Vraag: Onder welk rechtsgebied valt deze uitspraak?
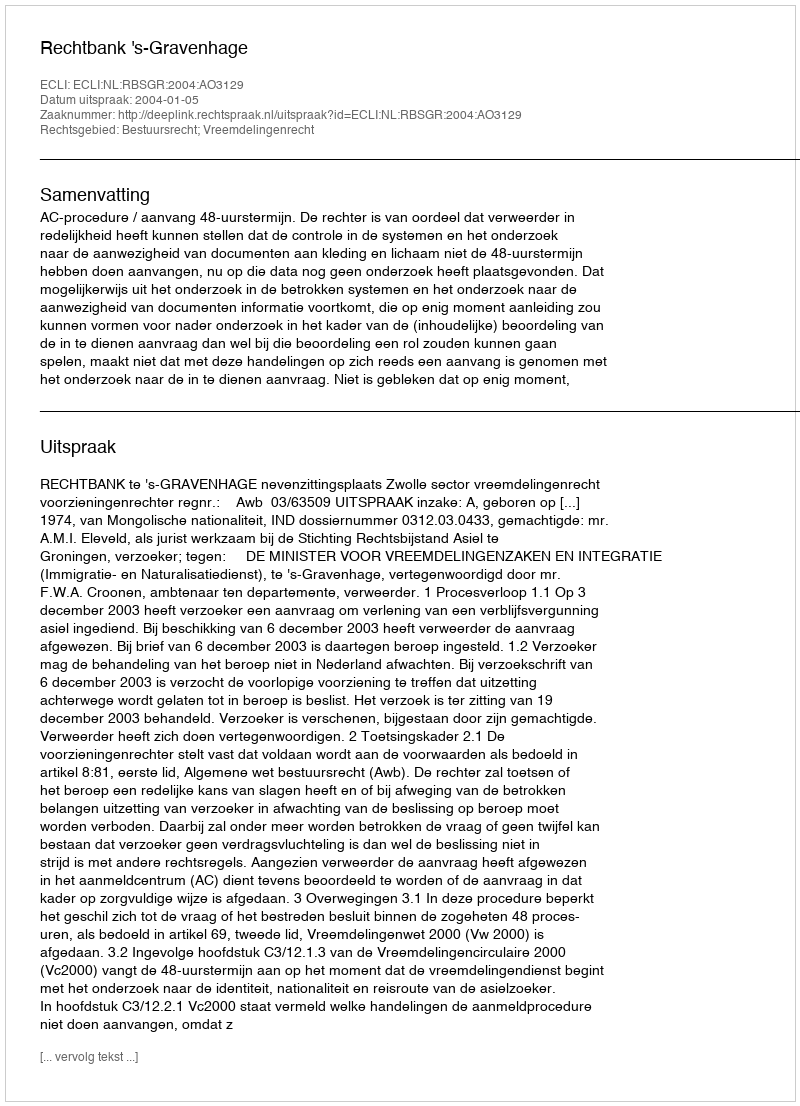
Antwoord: Bestuursrecht; Vreemdelingenrecht